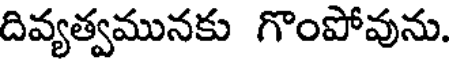
దివ్యత్వమునకు గొంపోవును.